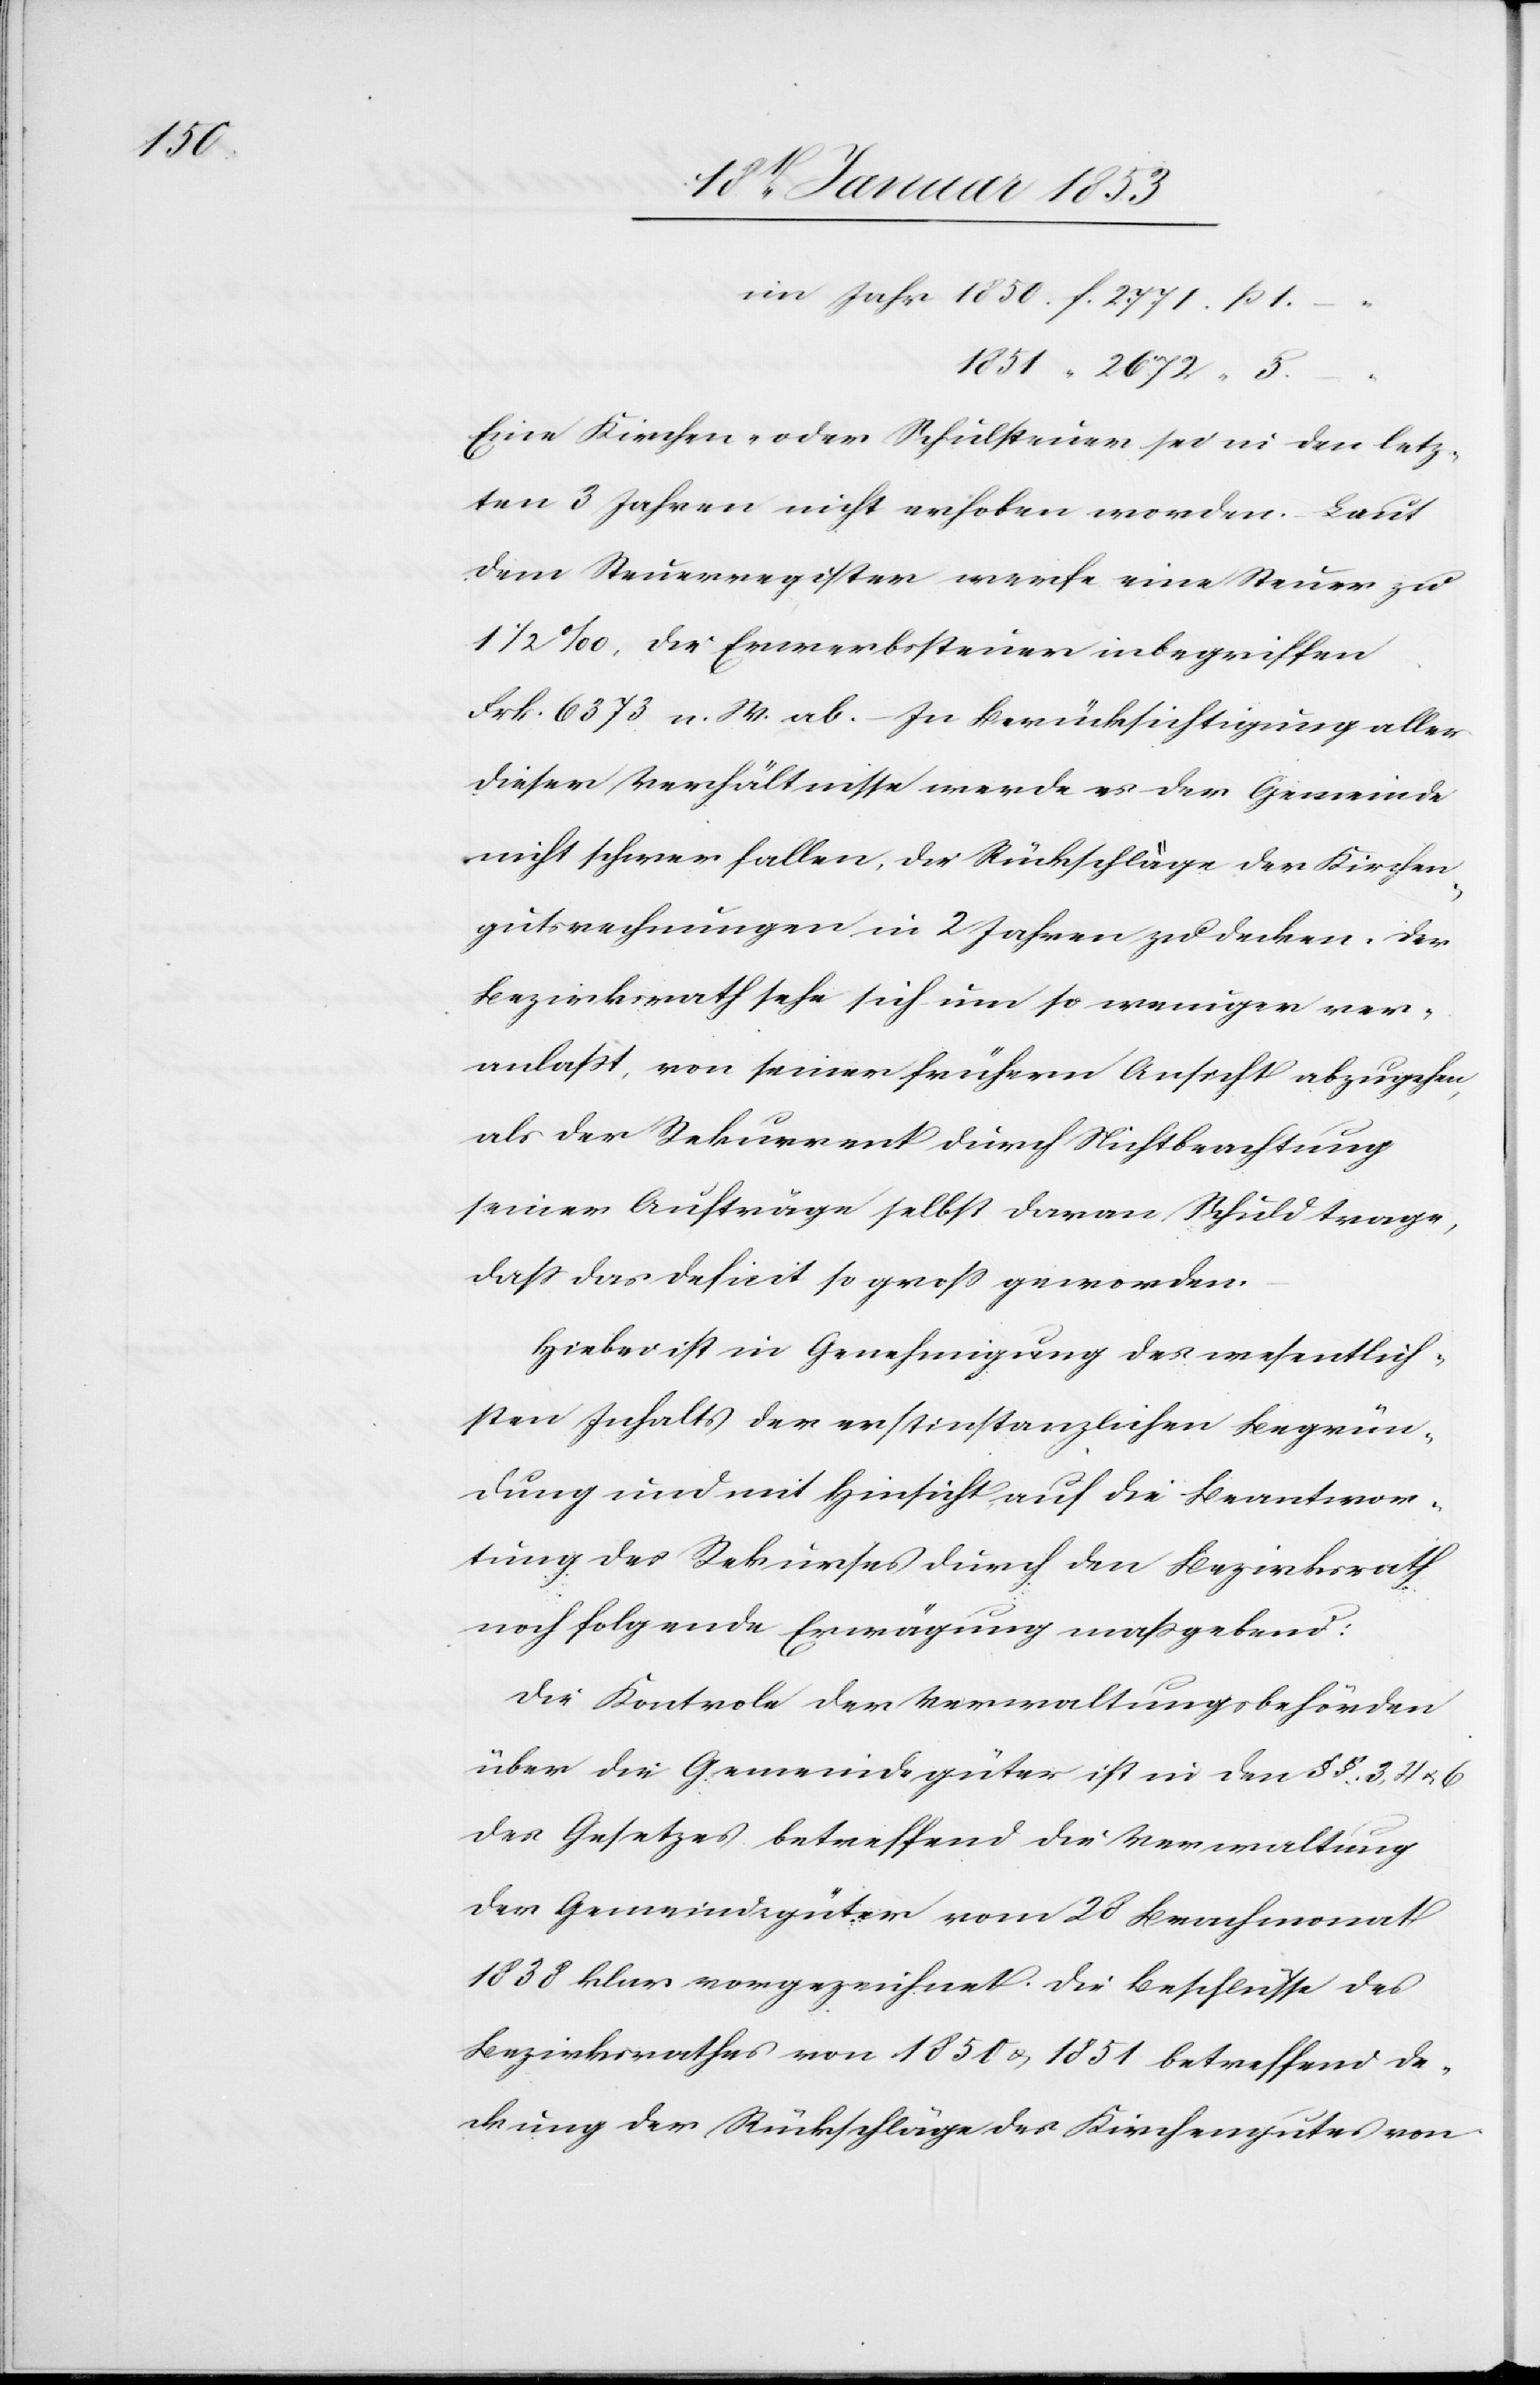
1.–.

1851. “ 2672. ß.
Eine Kirchen- oder Schulsteuer sei in den letz¬
ten 3 Jahren nicht erhoben worden. Laut
dem Steuerregister werfe eine Steuer zu
1 1/2 0/00 die Erwerbssteuer inbegriffen
Frk. 6373. a. W. ab. – In Berücksichtigung aller
dieser Verhältnisse werde es der Gemeinde
nicht schwer fallen, die Rückschläge der Kirchen¬
gutsrechnungen in 2 Jahren zu decken. Der
Bezirksrath sehe sich nun um so weniger ver¬
anlaßt, von seiner frühern Ansicht abzugehen,
als der Rekurrent durch Nichtbeachtung
seiner Aufträge selbst daran Schuld trage,
daß das Defizit so groß geworden.
Hiebei ist in Genehmigung des wesentlich¬
sten Inhalts der erstinstanzlichen Begrün¬
dung und mit Hinsicht auf die Beantwor¬
tung des Rekurses durch den Bezirksrath
noch folgende Erwägung maßgebend:
Die Kantonale der Verwaltungsbehörden
über die Gemeindegüter ist in den §§. 3, 4 u. 6
des Gesetzes betreffend die Verwaltung
der Gemeindsgüter vom 28 Brachmonat
1838 klar vorgezeichnet. Die Beschlüsse des
Bezirksrathes von 1850 u. 1851 betreffend De¬
ckung der Rückschläge der Kirchengüter von